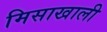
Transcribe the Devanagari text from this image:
मिसाखाली